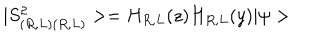
LaTeX: | S _ { ( R , L ) ( R , L ) } ^ { 2 } > = H _ { R , L } ( z ) H _ { R , L } ( y ) | \psi >